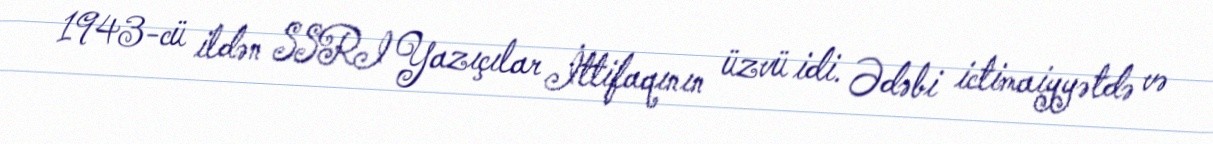
1943-cü ildən SSRI Yazıçılar İttifaqının üzvü idi. Ədəbi ictimaiyyətdə və